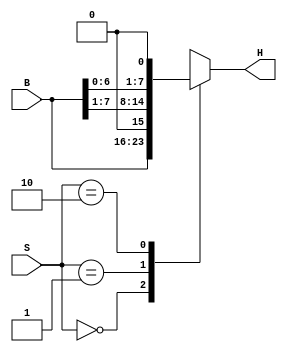
module Shifter(S,B,H);
	input [1:0] S;
	input [7:0] B;
	output [7:0] H;
	
	reg [7:0] H;
	
	always@(*) begin
		case(S)
		2'b00: H=B;
		2'b01: H={1'b0, B[7:1]};
		2'b10: H={B[6:0], 1'b0};
		2'b11: H=8'hx;
		endcase
	end
endmodule